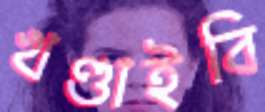
খণ্ডাইবি